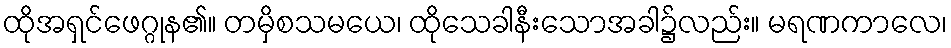
ထိုအရှင်ဖေဂ္ဂုန၏။ တမှိစသမယေ၊ ထိုသေခါနီးသောအခါ၌လည်း။ မရဏကာလေ၊